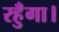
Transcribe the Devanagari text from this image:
रहुँगा।